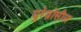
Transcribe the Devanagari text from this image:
युरेथ्रोसील